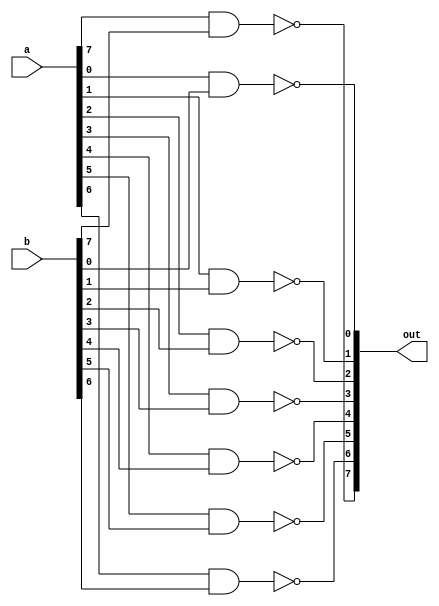
module nand_8bit(output [7:0] out, input [7:0] a, b);

nand (out[0], a[0], b[0]);
nand (out[1], a[1], b[1]);
nand (out[2], a[2], b[2]);
nand (out[3], a[3], b[3]);
nand (out[4], a[4], b[4]);
nand (out[5], a[5], b[5]);
nand (out[6], a[6], b[6]);
nand (out[7], a[7], b[7]);


endmodule